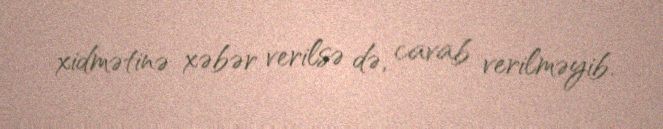
xidmətinə xəbər verilsə də, cavab verilməyib.